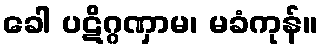
ခေါ ပဋိဂ္ဂဏှာမ၊ မခံကုန်။